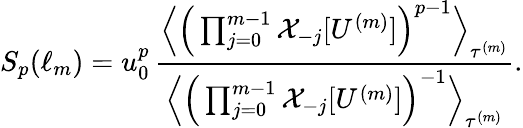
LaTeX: S_{p}(\ell_{m})=u_{0}^{p}\, \frac{\Big\langle\Big(\prod_{j=0}^{m-1}\mathcal{X}_{-j}[U^{(m)}]\Big)^{p-1}\Big\rangle_{\tau^{(m)}}}{\Big\langle\Big(\prod_{j=0}^{m-1}\mathcal{X}_{-j}[U^{(m)}]\Big)^{-1}\Big\rangle_{\tau^{(m)}}}.